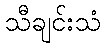
သီချင်းသံ